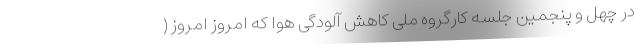
در چهل و پنجمین جلسه کارگروه ملی کاهش آلودگی هوا که امروز امروز (